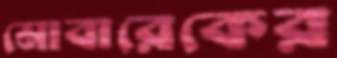
মোবারেকের